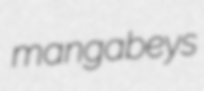
mangabeys